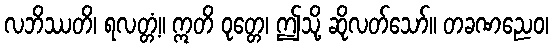
လဘိဿတိ၊ ရလတ္တံ့။ ဣတိ ဝုတ္တေ၊ ဤသို့ ဆိုလတ်သော်။ တခဏညေဝ၊